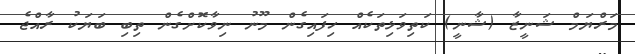
މަރްޔަމް ޝަނީޒާ (ޝާނީ) ކަތިވަޅިތަކެއް ހިފައިގެން މޫނު ނިވާކޮށްގެން ތިބި ބަޔަކު ރާއްޖެ